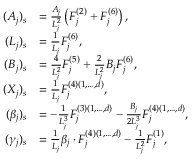
\begin{array} { r l } { ( A _ { j } ) _ { s } } & { = \frac { A _ { j } } { L _ { j } ^ { 2 } } \left( F _ { j } ^ { ( 2 ) } + F _ { j } ^ { ( 6 ) } \right) , } \\ { ( L _ { j } ) _ { s } } & { = \frac { 1 } { L _ { j } } F _ { j } ^ { ( 6 ) } , } \\ { ( B _ { j } ) _ { s } } & { = \frac { 4 } { L _ { j } ^ { 2 } } F _ { j } ^ { ( 5 ) } + \frac { 2 } { L _ { j } ^ { 2 } } B _ { j } F _ { j } ^ { ( 6 ) } , } \\ { ( X _ { j } ) _ { s } } & { = \frac { 1 } { L _ { j } } F _ { j } ^ { ( 4 ) ( 1 , \dots , d ) } , } \\ { ( \beta _ { j } ) _ { s } } & { = - \frac { 1 } { L _ { j } ^ { 3 } } F _ { j } ^ { ( 3 ) ( 1 , \dots , d ) } - \frac { B _ { j } } { 2 L _ { j } ^ { 3 } } F _ { j } ^ { ( 4 ) ( 1 , \dots , d ) } , } \\ { ( \gamma _ { j } ) _ { s } } & { = \frac { 1 } { L _ { j } } \beta _ { j } \cdot F _ { j } ^ { ( 4 ) ( 1 , \dots , d ) } - \frac { 1 } { L _ { j } ^ { 2 } } F _ { j } ^ { ( 1 ) } , } \end{array}